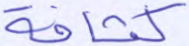
كثافة